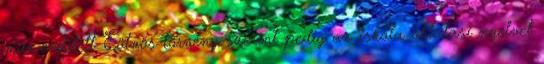
már említett Eötvös-törvény szerint pedig az iskola oktatási nyelvét